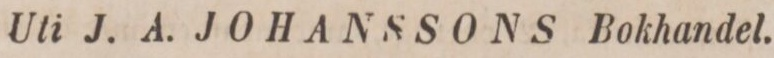
Uti J. A. JOHANSSONS Bokhandel.